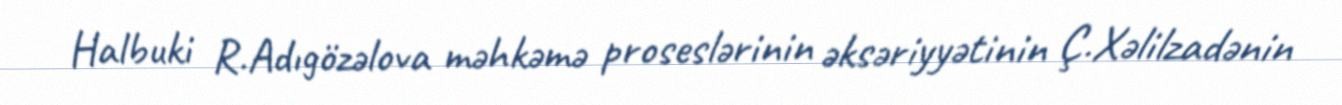
Halbuki R.Adıgözəlova məhkəmə proseslərinin əksəriyyətinin Ç.Xəlilzadənin